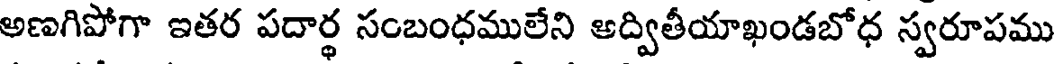
అణగిపోగా ఇతర పదార్థ సంబంధములేని అద్వితీయాఖండబోధ స్వరూపము